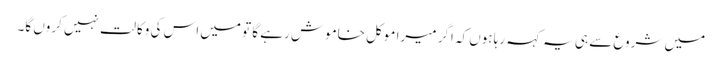
میں شروع سے ہی یہ کہہ رہا ہوں کہ اگر میرا موکل خاموش رہے گا تو میں اس کی وکالت نہیں کروں گا۔